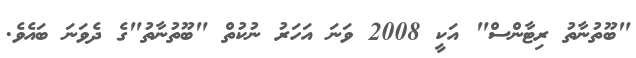
"ބޫތުނާތު ރިޓާންސް" އަކީ 2008 ވަނަ އަހަރު ނުކުތް "ބޫތުނާތު"ގެ ދެވަނަ ބައެވެ.